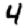
Digit: 4